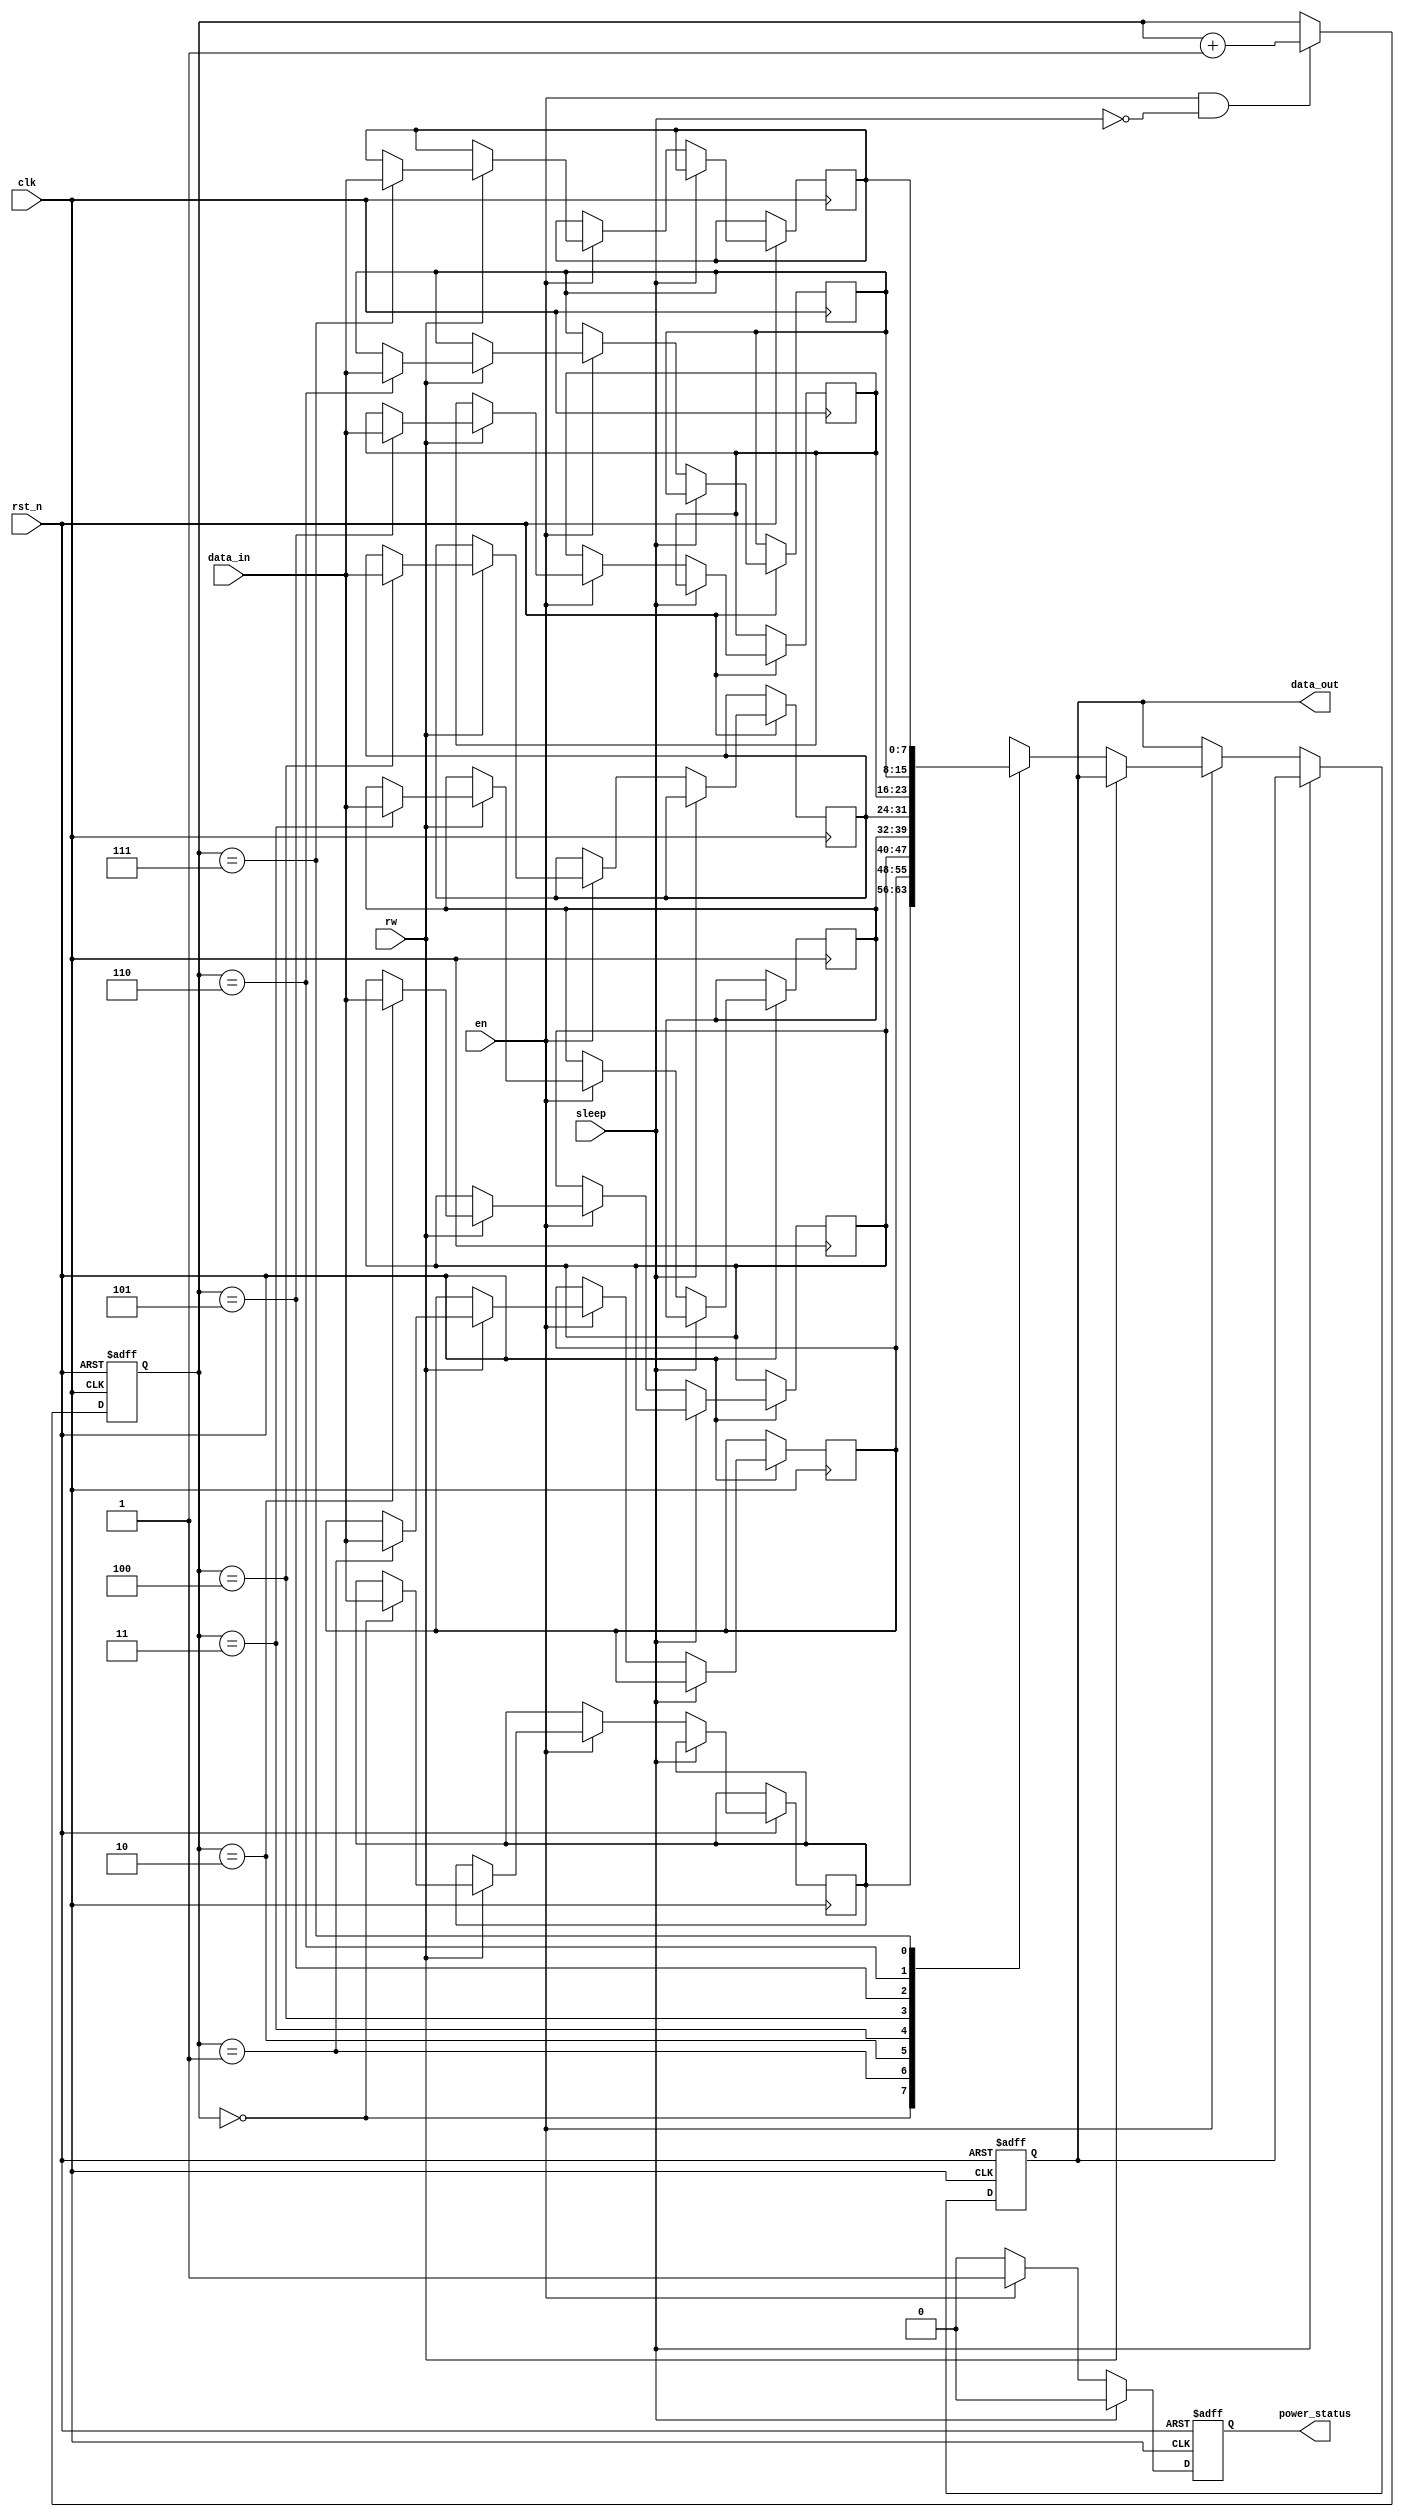
module memory_block (
    input wire clk,               // Clock signal
    input wire rst_n,             // Active low reset signal
    input wire en,                // Enable signal
    input wire sleep,             // Sleep signal
    input wire rw,                // Read/Write signal: 0 = Read, 1 = Write
    input wire [7:0] data_in,     // Data input for write operations
    output reg [7:0] data_out,     // Data output for read operations
    output reg power_status       // Indicates power status of the block
);

    // Memory cells (8 cells for this example)
    reg [7:0] memory [0:7];       // 8x8 memory array
    reg [2:0] addr;               // Address for accessing memory cells

    // Power management logic
    always @(posedge clk or negedge rst_n) begin
        if (!rst_n) begin
            power_status <= 1'b0;  // Default to power off
            data_out <= 8'b0;      // Clear data output
        end else if (sleep) begin
            power_status <= 1'b0;  // Power off in sleep mode
        end else if (en) begin
            power_status <= 1'b1;  // Power on when enabled
            if (rw) begin
                // Write operation
                memory[addr] <= data_in; // Write data to memory
            end else begin
                // Read operation
                data_out <= memory[addr]; // Read data from memory
            end
        end else begin
            power_status <= 1'b0; // Power off when disabled
        end
    end

    // Address selection logic (for example purposes)
    always @(posedge clk or negedge rst_n) begin
        if (!rst_n) begin
            addr <= 3'b000; // Reset address to 0
        end else if (en && !sleep) begin
            addr <= addr + 1'b1; // Increment address for demonstration
        end
    end

endmodule